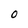
Character: 0